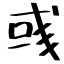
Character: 彧